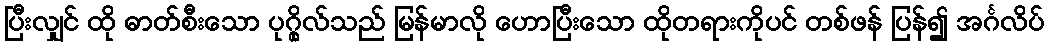
ပြီးလျှင် ထို ဓာတ်စီးသော ပုဂ္ဂိုလ်သည် မြန်မာလို ဟောပြီးသော ထိုတရားကိုပင် တစ်ဖန် ပြန်၍ အင်္ဂလိပ်